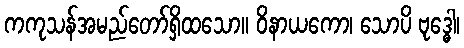
ကကုသန်အမည်တော်ရှိထသော။ ဝိနာယကော၊ သောပိ ဗုဒ္ဓေါ၊